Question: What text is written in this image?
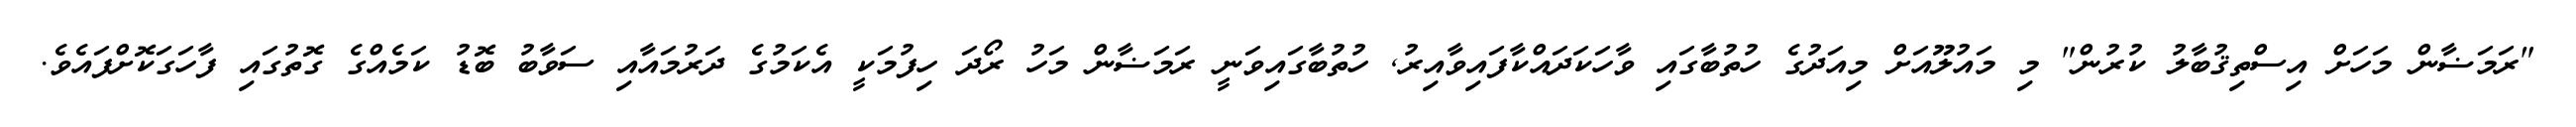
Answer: "ރަމަޟާން މަހަށް އިސްތިޤުބާލު ކުރުން" މި މައުލޫއަށް މިއަދުގެ ހުތުބާގައި ވާހަކަދައްކާފައިވާއިރު, ހުތުބާގައިވަނީ ރަމަޟާން މަހު ރޯދަ ހިފުމަކީ އެކަމުގެ ދަރުމައާއި ސަވާބު ބޮޑު ކަމެއްގެ ގޮތުގައި ފާހަގަކޮށްފައެވެ.